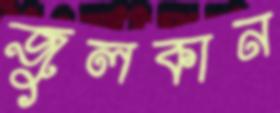
জুলকান